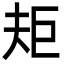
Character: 𭑌